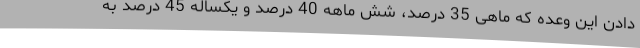
دادن این وعده که ماهی 35 درصد، شش ماهه 40 درصد و یکساله 45 درصد به